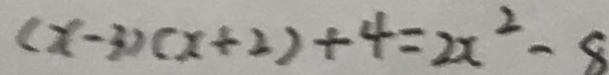
( x - 3 ) ( x + 2 ) + 4 = 2 x ^ { 2 } - 8